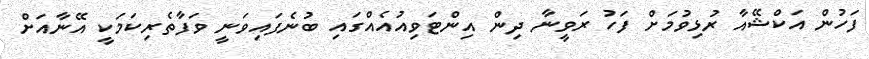
ފަހުން އަކްޝޭއާ ރުޅިވުމަށް ފަހު ރަވީނާ ދިން އިންޓަވިއުއެއްގައި ބުނެފައިވަނީ ވަފާތެރިކަމަކީ އޭނާއަށް